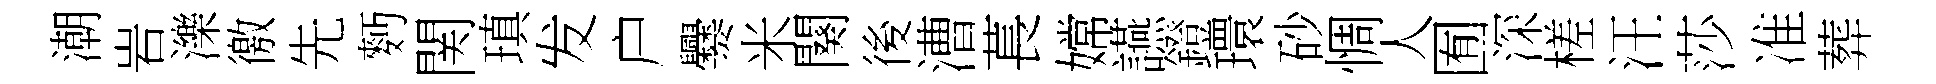
潮岩濼徼先麪関瑱发户爨米闋後漕萇嫦讌鐙環砂惆人囿深槎汪莎准葬